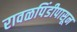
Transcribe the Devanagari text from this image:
रावळपिंडीपासून